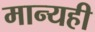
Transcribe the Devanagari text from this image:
मान्यही